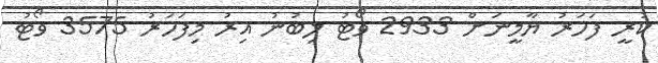
ކުރީ ފަހަރު ޔާމީނަށް 2933 ވޯޓު ލިބުނު އިރު މިފަހަރު 3575 ވޯޓު